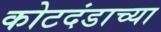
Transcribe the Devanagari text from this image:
कोटदंडाच्या